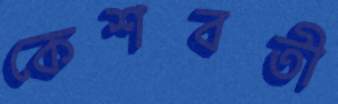
কেশবতী